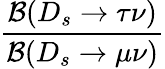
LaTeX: \frac{\mathcal{B}(D_{s}\to\tau\nu)}{\mathcal{B}(D_{s}\to\mu\nu)}